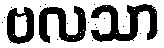
ဗလသာ